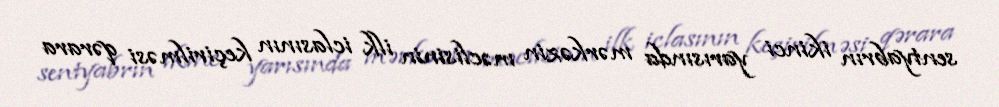
sentyabrın ikinci yarısında mərkəzin məclisinin ilk iclasının keçirilməsi qərara